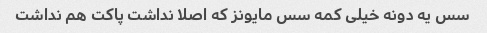
سس یه دونه خیلی کمه سس مایونز که اصلا نداشت پاکت هم نداشت